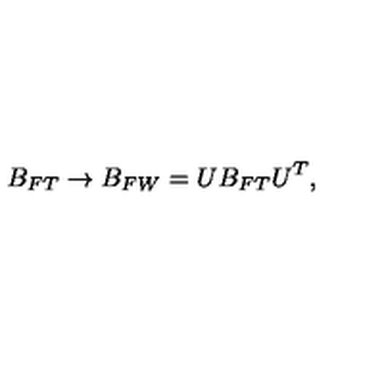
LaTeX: B _ { F T } \rightarrow B _ { F W } = U B _ { F T } U ^ { T } ,